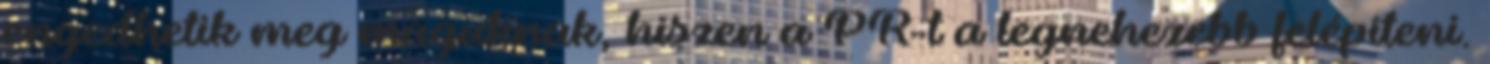
engedhetik meg maguknak, hiszen a PR-t a legnehezebb felépíteni.